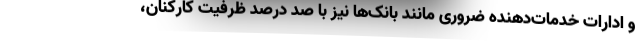
و ادارات خدمات‌دهنده ضروری مانند بانک‌ها نیز با صد درصد ظرفیت کارکنان،